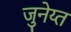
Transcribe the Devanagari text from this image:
जुनेय्त